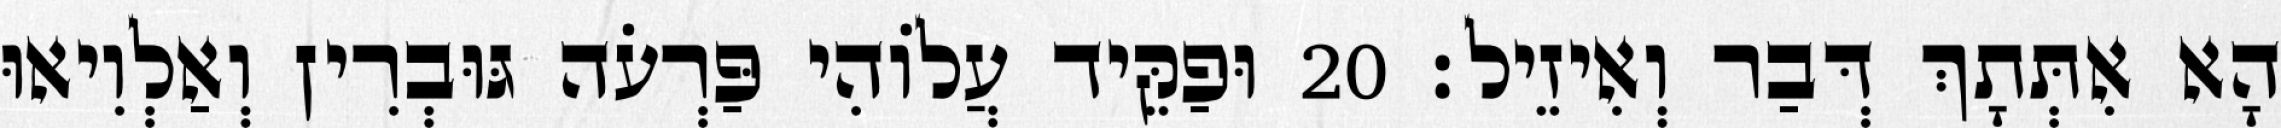
הָא אִתְּתָךְ דְּבַר וְאִיזֵיל׃ 20 וּפַקֵּיד עֲלוֹהִי פַּרְעֹה גּוּבְרִין וְאַלְוִיאוּ